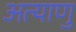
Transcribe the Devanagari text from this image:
अत्याणु